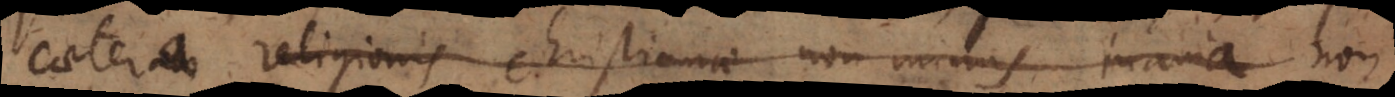
caetera religionis christianae non minus inania non